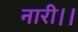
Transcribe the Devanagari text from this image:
नारी।।